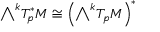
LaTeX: { \textstyle \bigwedge } ^ { k } T _ { p } ^ { * } M \cong { \Big ( } { \textstyle \bigwedge } ^ { k } T _ { p } M { \Big ) } ^ { * }